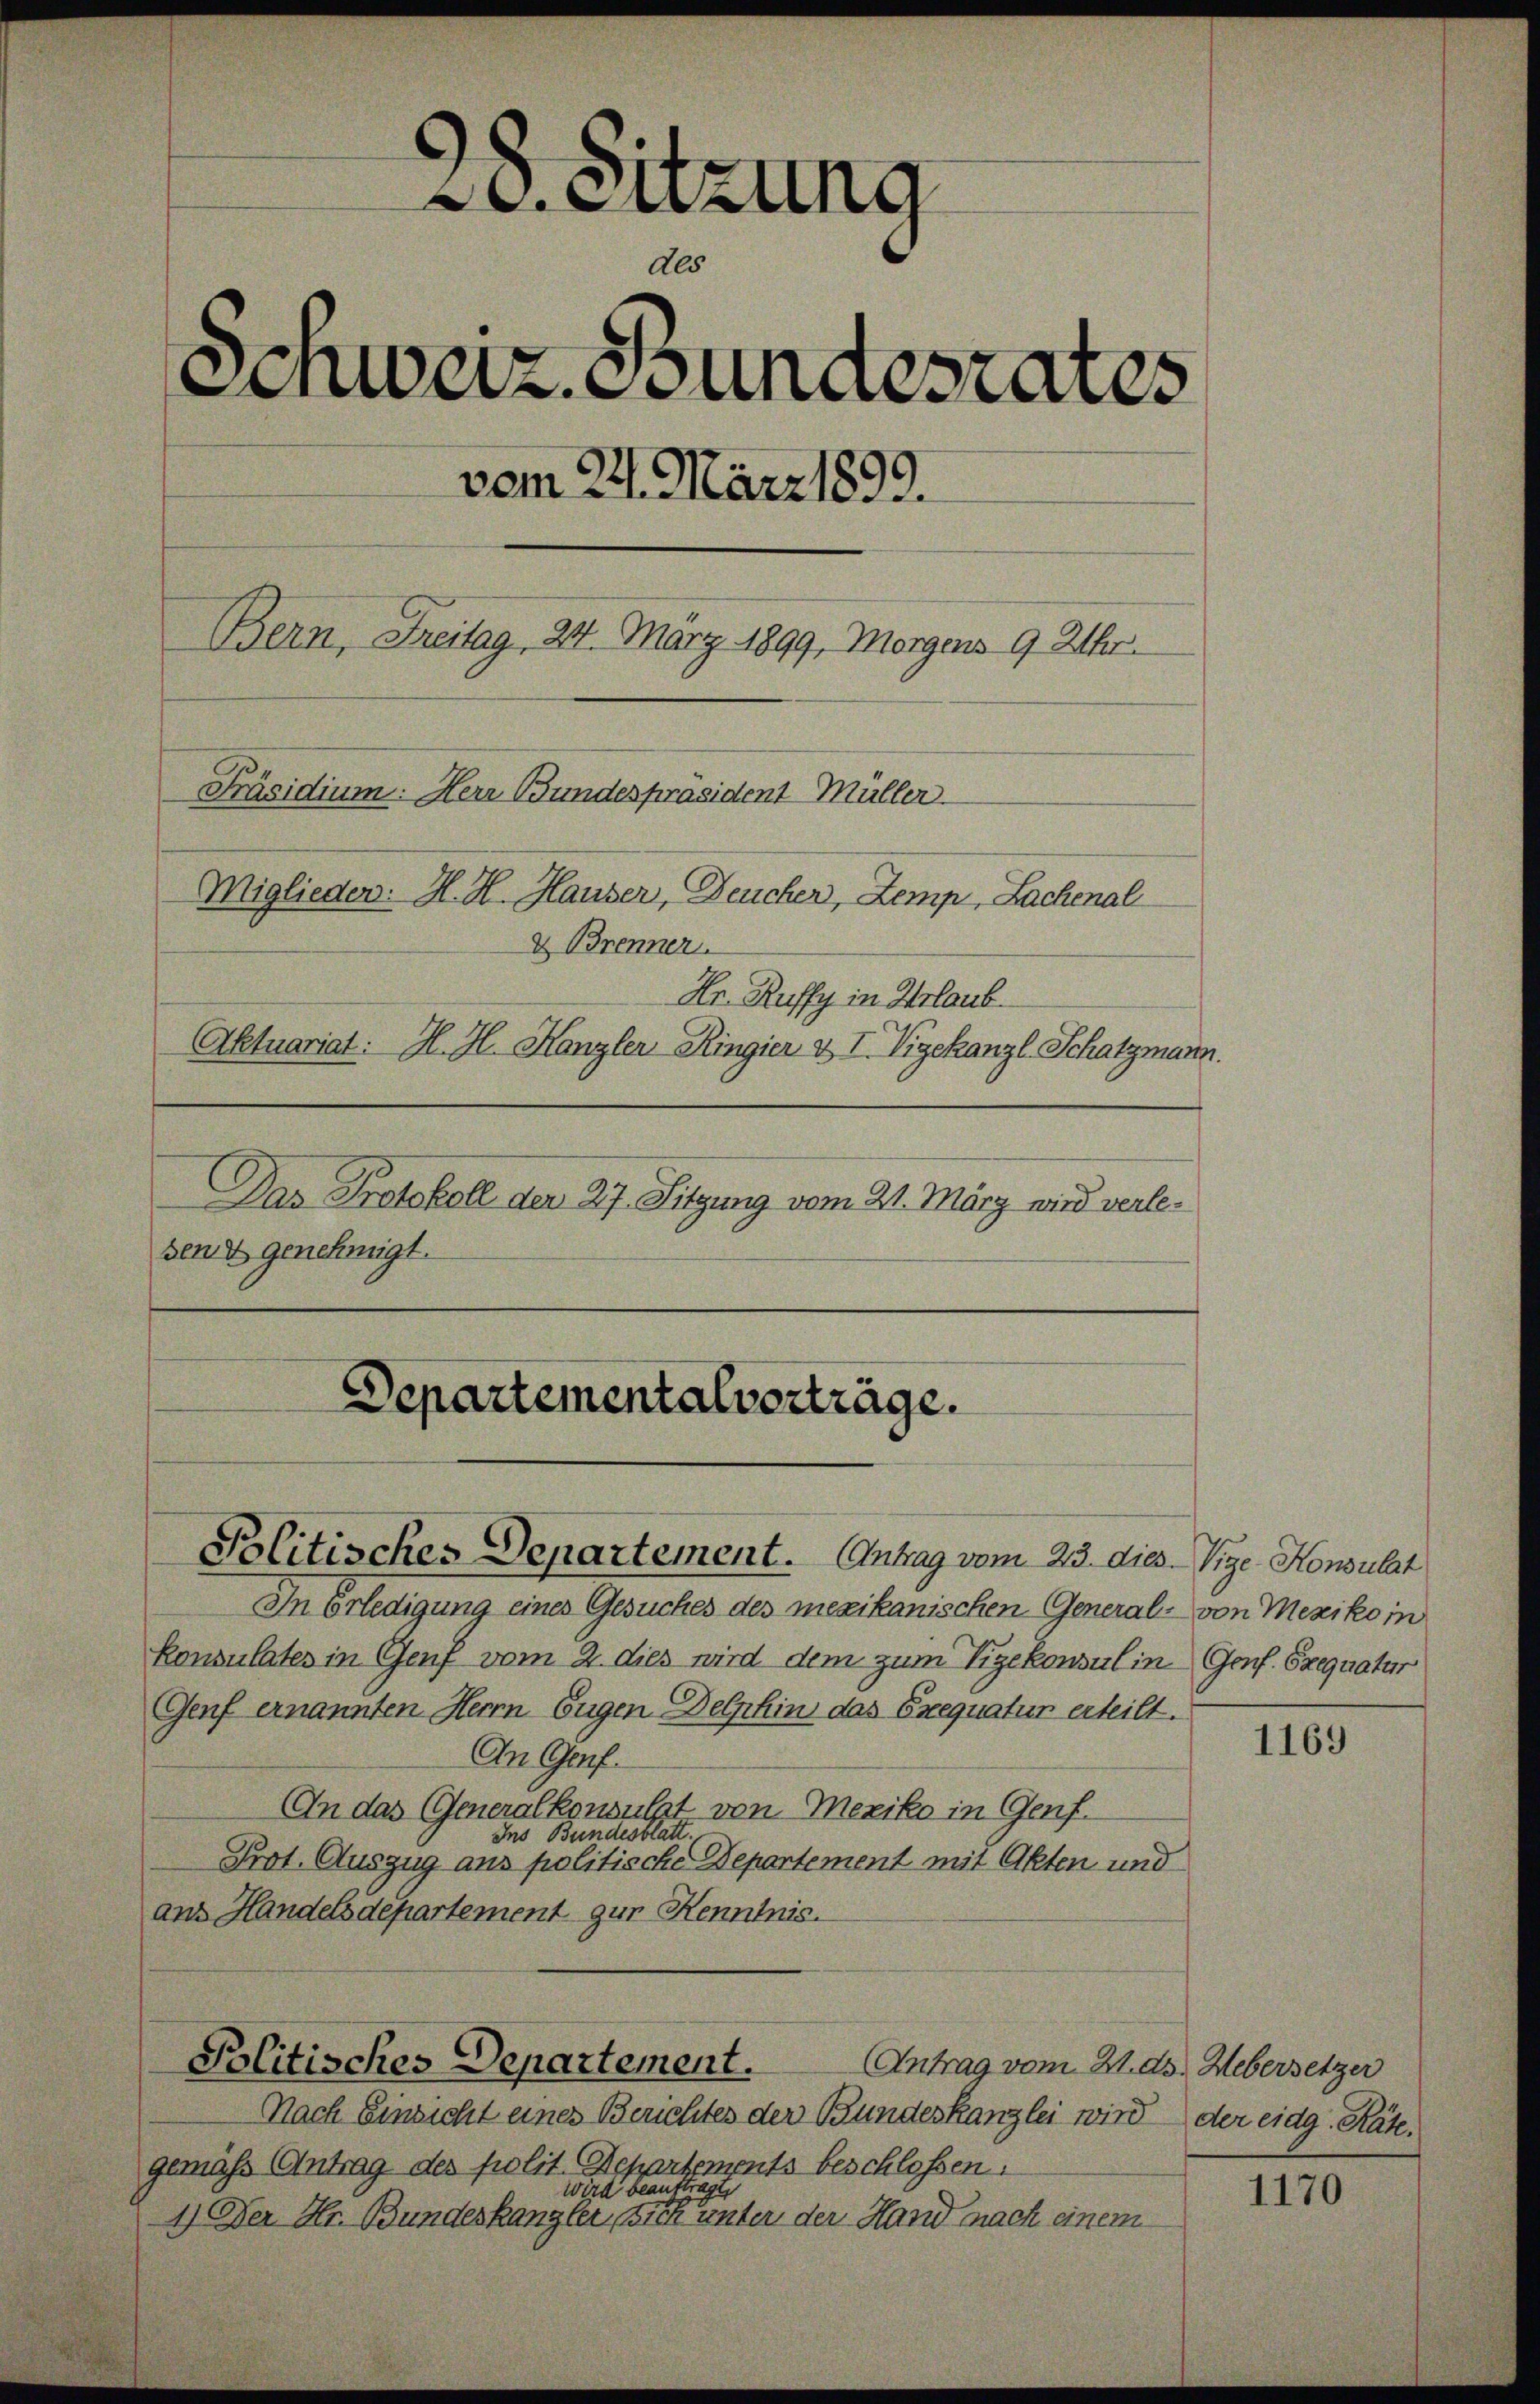
20. Sitzung
Als
Senweiz. Bundesrates
vom 24. März 1899.
Bern, Freitag 24. März 1899, Morgens 9 Uhr.
Präsidium. Herr Bundespräsident Müller
Miglieden: H. H. Hauser, Deucher, Zemp, Lachenal
& Brenner
Hr. Ruffy in Urlaub
Aktuariat: H. H. Hanzler Ringier & I Vigekanzl, Schatzmann.
Das Protokoll den 27. Sitzung vom 21. März wird verleben & genehmigt.

Departementalverträge.

Politisches Departement. Antrag vom 23. dies Vige. Konsulat

In Erledigung eines Gesuches des mexikanischen General- von Mexiko in
konsulates in Genf vom 2. dies wird dem zum Vizekonsul in Genf. Exequatur
Genf ernannten Herrn Eugen Delphin das Exequatur erteilt.
An Genf.
n das Generalkonsulst von Mexiko in Genf.
Ins Bundesblatt.
Prot. Auszug aus politische Departement mit Akten und
ans Handelsdepartement zur Kenntnis.

Politisches Departement.
Antrag vom 21. ds. Hebersetzer

Nach Einsicht eines Berichtes der Bundeskanzlei wird der eidg. Räte.
gemäß Antrag des polit. Repartements beschlossen:
wird beauftragt,
1.) Der Hr. Bundeskanzler sich unter der Hand nach einem

1169

1170